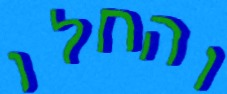
והחלו